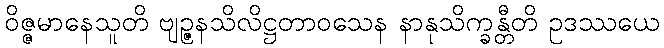
ဝိဇ္ဇမာနေသူတိ ဗျဉ္ဇနသိလိဋ္ဌတာဝသေန နာနုသိက္ခန္တီတိ ဥဒဿယေ